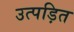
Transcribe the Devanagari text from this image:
उत्पड़ित